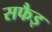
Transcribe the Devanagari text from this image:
सफैइ